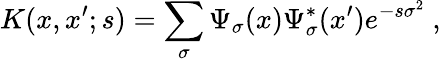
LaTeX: K(x,x^{\prime};s)=\sum_{\sigma}\Psi_{\sigma}(x)\Psi_{\sigma}^{*}(x^{\prime})e^{-s\sigma^{2}}\ ,